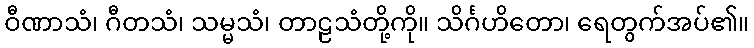
ဝီဏာသံ၊ ဂီတသံ၊ သမ္မသံ၊ တာဠသံတို့ကို။ သိင်္ဂဟိတော၊ ရေတွက်အပ်၏။